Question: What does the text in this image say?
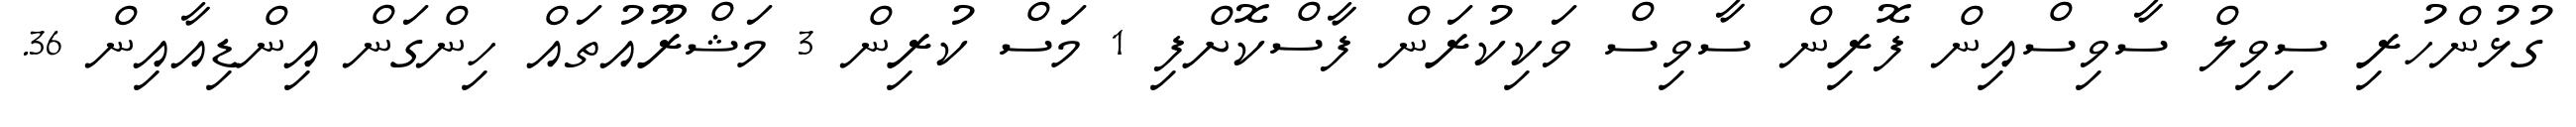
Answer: ގުޅުންހުރި ސިވިލް ސާވިސްއިން ފޮރިން ސާވިސް ވަކިކުރަން ފާސްކޮށްފި 1 މަސް ކުރިން 3 މަޝްރޫއުތައް ހިންގަން އިންޑިއާއިން 36.